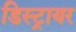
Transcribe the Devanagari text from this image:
डिस्ट्रायर